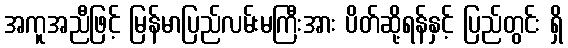
အကူအညီဖြင့် မြန်မာပြည်လမ်းမကြီးအား ပိတ်ဆို့ရန်နှင့် ပြည်တွင်း ရှိ